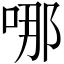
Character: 哪